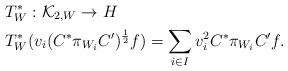
LaTeX: \begin{align*} &T^{*}_{W}:\mathcal{K}_{2,W} \rightarrow H \\&T ^{*}_{W}(v_i(C^{*}\pi_{W_{i}} C^{\prime})^{\frac{1}{2}}f)=\sum _{i\in I} v_{i}^{2}C^{*}\pi_{W_{i}} C^{\prime}f.\end{align*}